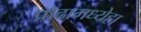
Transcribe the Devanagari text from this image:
प्रौढामध्येहा